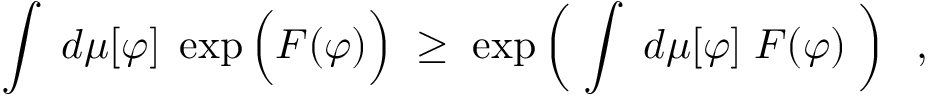
\int \; d \mu [ \varphi ] \; \exp \Big ( F ( \varphi ) \Big ) \; \geq \; \exp \left( \; \int \; d \mu [ \varphi ] \; F ( \varphi ) \; \right) \; \; ,